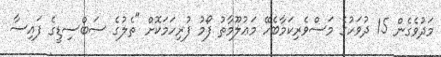
މަދުވެގެން 15 ދުވަހުގެ މަސްވެރިކަމާބެހޭ މަޢުލޫމާތު ފޯމު ފުރިހަމަކޮށް "ތެލުގެ ސަބްސިޑީގެ ފައިސާ